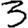
Digit: 3